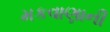
મકવાણાની